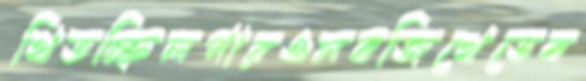
থিতচ্ছিলপারওসবজিখেতেব